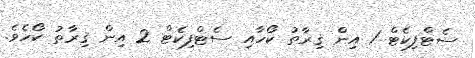
ސެޓްފިކެޓް 1 އިން ޤިރާތު ކޯހާއި ސެޓްފިކެޓް 2 އިން ޤިރާތު ކޯހެވެ.